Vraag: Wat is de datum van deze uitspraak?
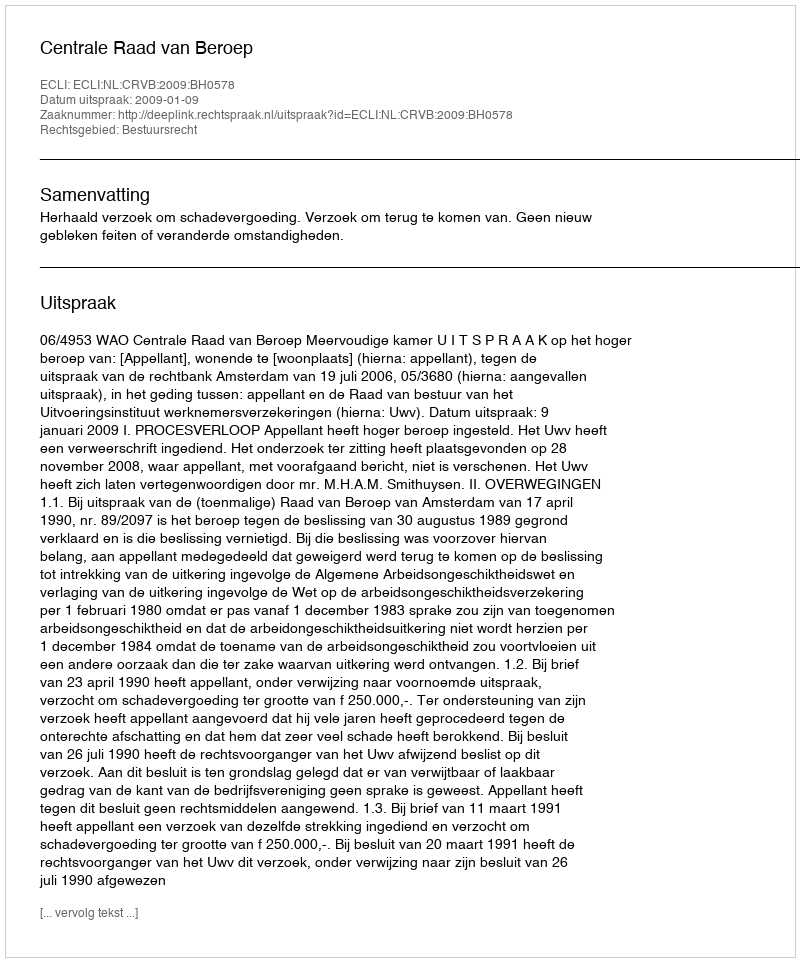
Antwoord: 2009-01-09